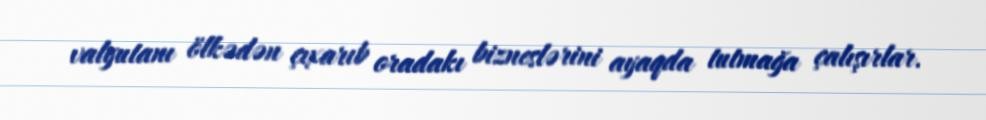
valyutanı ölkədən çıxarıb oradakı bizneslərini ayaqda tutmağa çalışırlar.